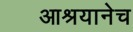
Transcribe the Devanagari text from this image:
आश्रयानेच